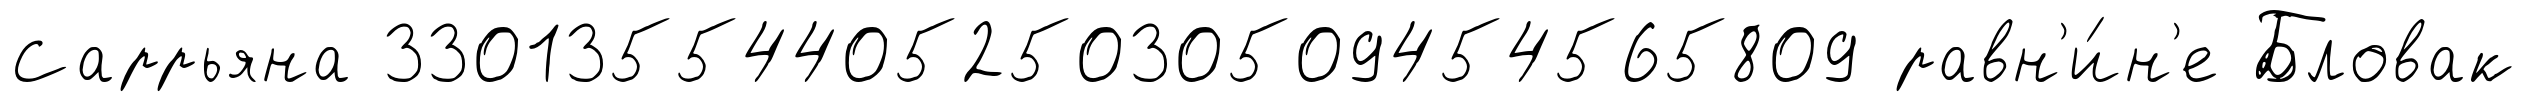
Саррьяна 3301355440525030509454565809 равн'и́н'е Бловак